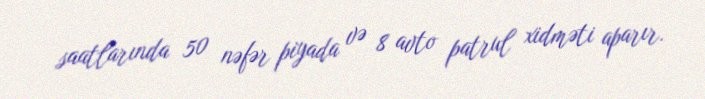
saatlarında 50 nəfər piyada və 8 avto patrul xidməti aparır.